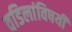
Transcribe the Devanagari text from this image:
वडिलांविषयी